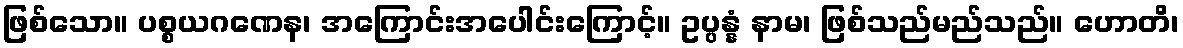
ဖြစ်သော။ ပစ္စယဂဏေန၊ အကြောင်းအပေါင်းကြောင့်။ ဥပ္ပန္နံ နာမ၊ ဖြစ်သည်မည်သည်။ ဟောတိ၊